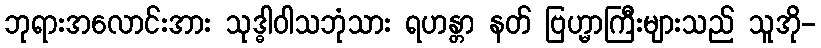
ဘုရားအလောင်းအား သုဒ္ဓါဝါသဘုံသား ရဟန္တာ နတ် ဗြဟ္မာကြီးများသည် သူအို-